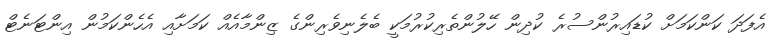
އެފަދަ ކަންކަމަށް ކުޑައިރުންސުރެ ކުދިން ހޭލުންތެރިކުރުމަކީ ބެލެނިވެރިންގެ ޒިންމާއެއް ކަމަށާއި އެހެންކަމުން އިންޓަނެޓް